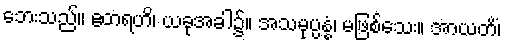
ဘေးသည်။ ဧတရဟိ၊ ယခုအခါ၌။ အသမုပ္ပန္နံ၊ မဖြစ်သေး။ အာယတိံ၊